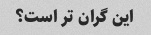
این گران تر است؟